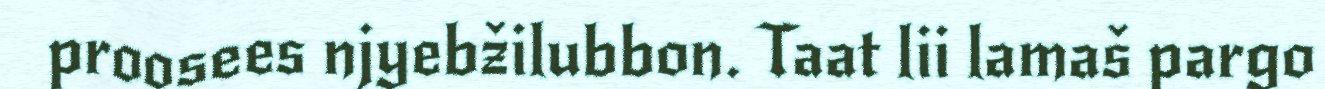
proosees njyebžilubbon. Taat lii lamaš pargo